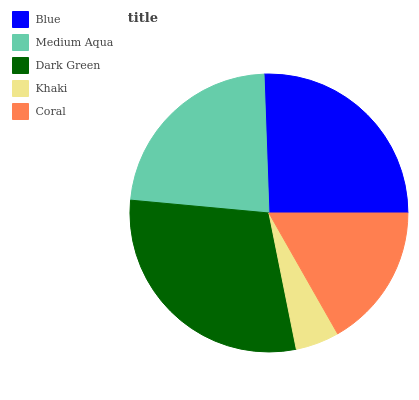
| Blue | Medium Aqua | Dark Green | Khaki | Coral |
 | --- | --- | --- | --- | --- |
 | 25.6% | 22.9% | 29.6% | 5.08% | 16.7% |